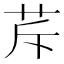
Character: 𦭐